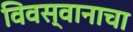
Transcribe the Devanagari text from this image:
विवस्वानाचा